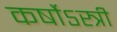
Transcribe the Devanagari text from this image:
कर्षोऽस्त्री